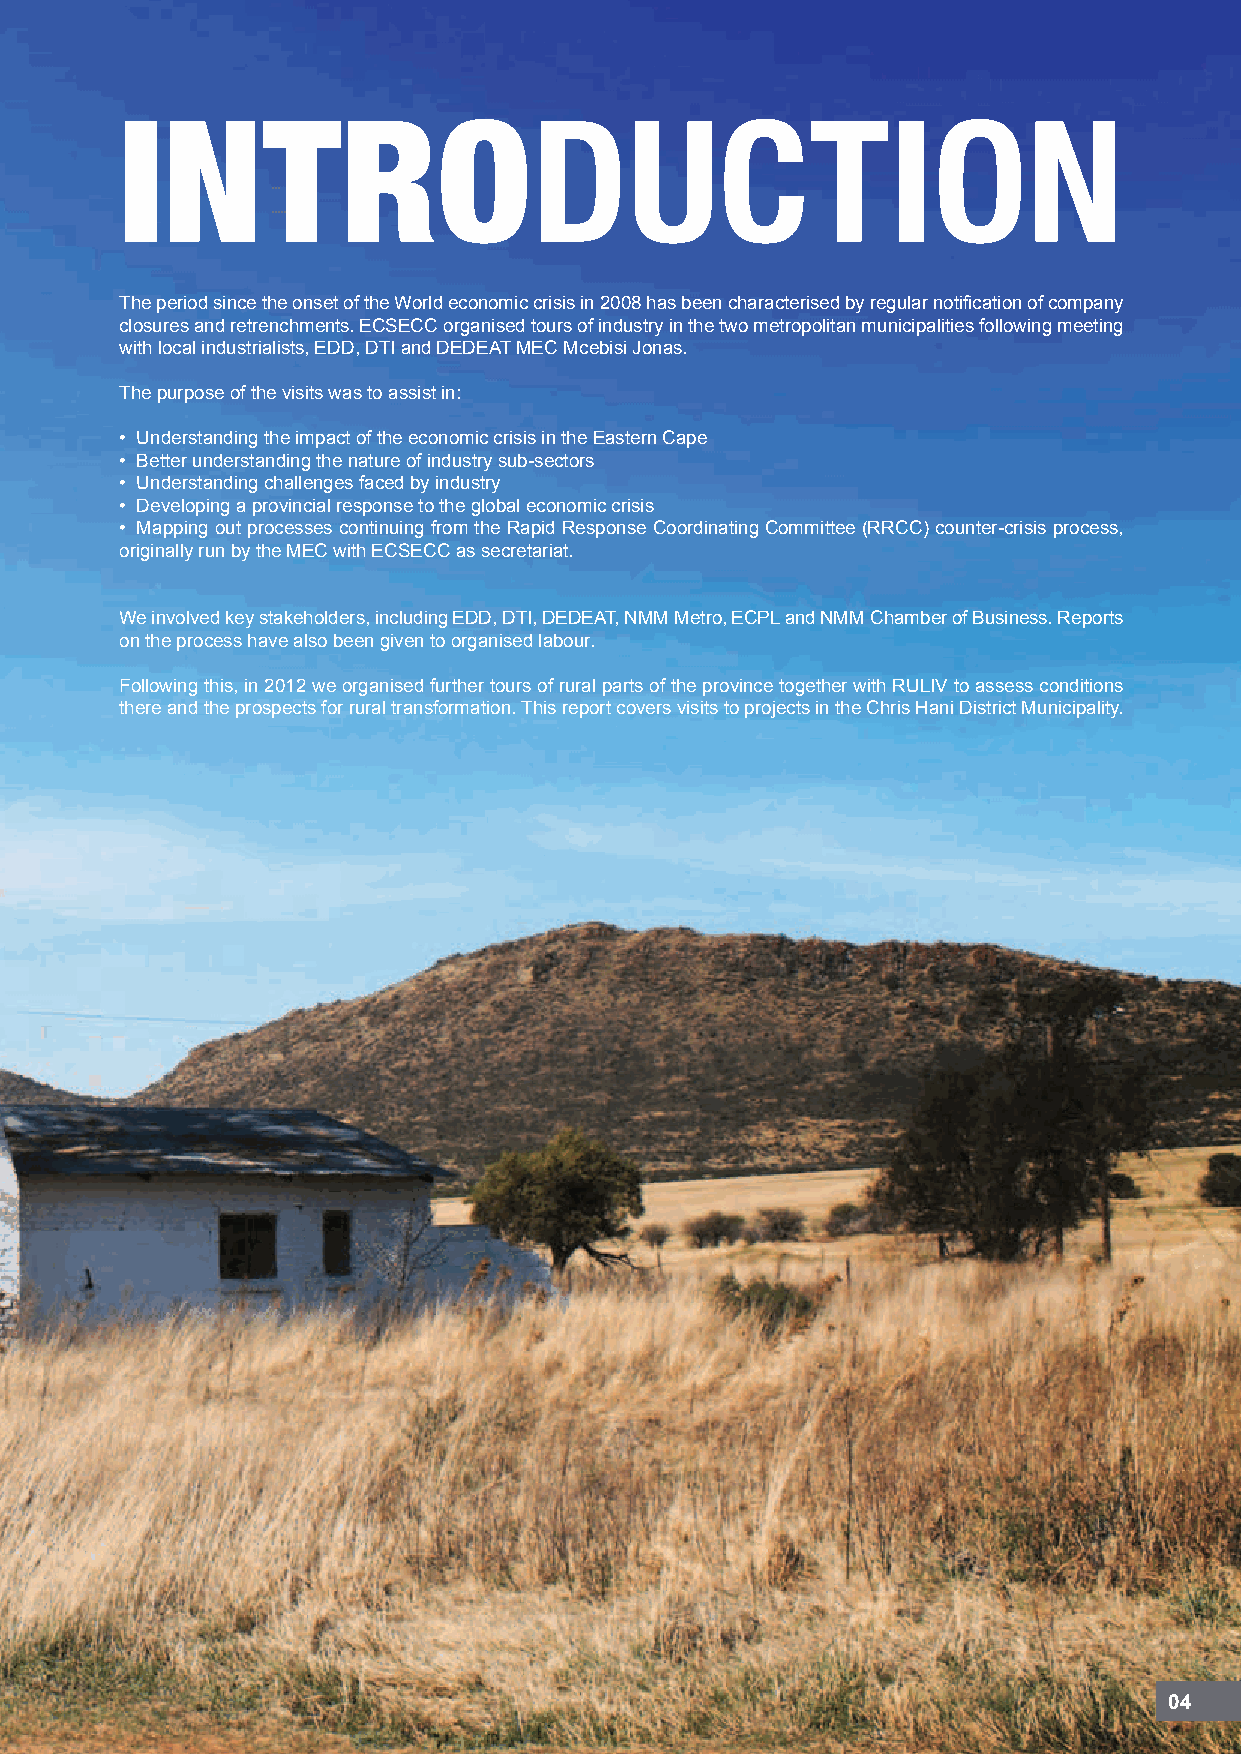
IntroducTion
 The period since the onset of the World economic crisis in 2008 has been characterised by regular notification of company
 closures and retrenchments. ECSECC organised tours of industry in the two metropolitan municipalities following meeting
 with local industrialists, EDD, DTI and DEDEAT MEC Mcebisi Jonas.
 The purpose of the visits was to assist in:
 • Understanding the impact of the economic crisis in the Eastern Cape
 • Better understanding the nature of industry sub-sectors
 • Understanding challenges faced by industry
 • Developing a provincial response to the global economic crisis
 • Mapping out processes continuing from the Rapid Response Coordinating Committee (RRCC) counter-crisis process,
 originally run by the MEC with ECSECC as secretariat.
 We involved key stakeholders, including EDD, DTI, DEDEAT, NMM Metro, ECPL and NMM Chamber of Business. Reports
 on the process have also been given to organised labour.
 Following this, in 2012 we organised further tours of rural parts of the province together with RULIV to assess conditions
 there and the prospects for rural transformation. This report covers visits to projects in the Chris Hani District Municipality.
 04